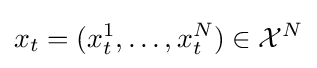
x_{t}=(x_{t}^{1},\dots ,x_{t}^{N})\in {\cal {X}}^{N}